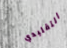
التقليدي